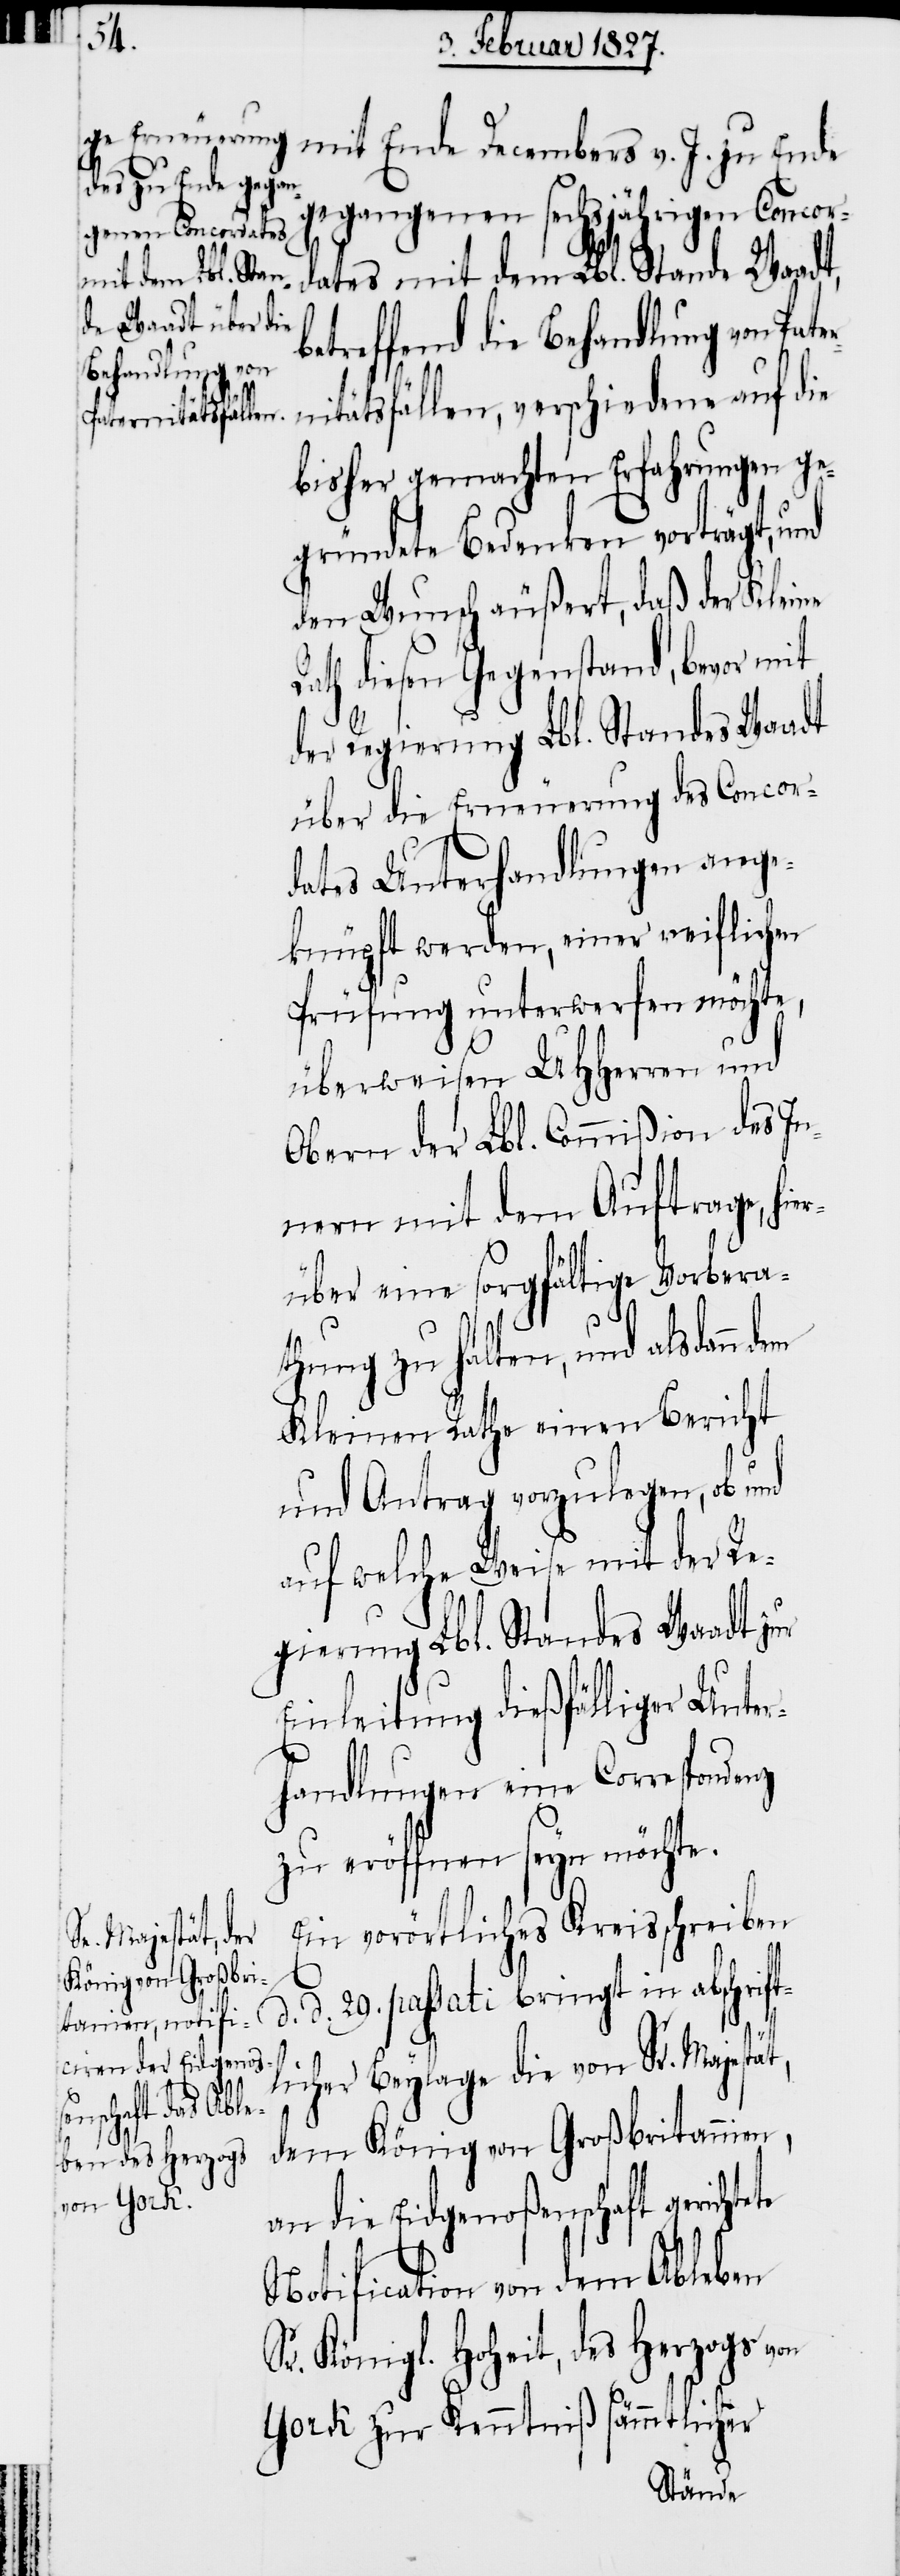
te
gegangenen sechsjährigen Concor¬
J.
dates mit dem Lbl. Stande Waadt,
etreffend die Behandlung von Pat¬
nitätsfällen, verschiedene auf die
bisher gemachten Erfahrungen ge¬
gründete Bedenken vorträgt, und
den Wunsch äußert, daß der Kleine
Rath diesen Gegenstand, bevor mit
d.
der Regierung Lbl. Standes Waadt
über die Erneuerung des Concor¬
dates Unterhandlungen ange¬
knüpft werden, einer reiflichen
Prüfung unterwerfen möchte,
überweisen UHHerren und
Obern der Lbl. Commißion des In¬
nern mit dem Auftrage, hie¬
rüber eine sorgfältige Vorbera¬
thung zu halten und alsdann
Kleinen Rathe einen Bericht
und Antrag vorzulegen, ob und
auf welche Weise mit der Re¬
gierung Lbl. Standes Waadt zur
Einleitung dießfälliger Unter¬
handlungen eine Correspon¬
zu eröffnen seyn möchte.
Ein vorörtliches Kreisschreiben
d. 29. passati bringt in abschrif¬
licher Beylage die von Sr. Majestät,
dem König von Großbritannien,
an die Eidgenoßenschaft gerichte¬
Notification von dem Ableben
Sr. Königl. Hoheit, des Herzogs von
York zur Kenntniß sämmtlicher